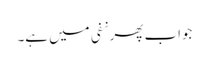
جواب پھر نفی میں ہے۔